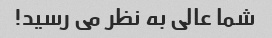
شما عالی به نظر می رسید!